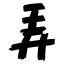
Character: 弄